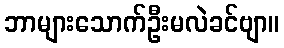
ဘာများသောက်ဦးမလဲခင်ဗျာ။